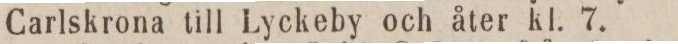
Carlskrona till Lyckeby och åter kl. 7.